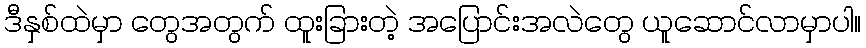
ဒီနှစ်ထဲမှာ တွေအတွက် ထူးခြားတဲ့ အပြောင်းအလဲတွေ ယူဆောင်လာမှာပါ။